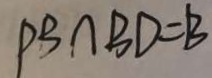
P B \cap B D = B